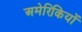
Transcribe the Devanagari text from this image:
अमेरिकियों